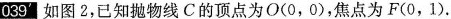
039 如图2，已知抛物线C的顶点为O(0，0)，焦点为F(0，1).